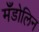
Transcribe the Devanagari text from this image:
मँडोलिन